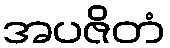
အပဇိတံ